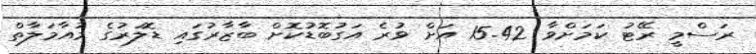
ރަސްމީ ރޭޓު ކަމަށްވާ 15.42 އަށް ވުރެ އަގުބޮޑުކޮށް ބާޒާރުގައި ޑޮލަރުގެ މުއާމަލާތް